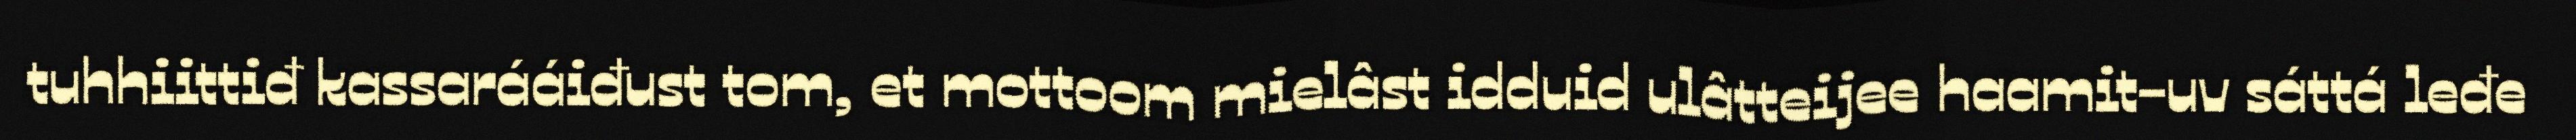
tuhhiittiđ kassarááiđust tom, et mottoom mielâst idduid ulâtteijee haamit-uv sáttá leđe